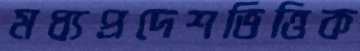
মধ্যপ্রদেশভিত্তিক